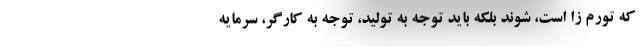
که تورم زا است، شوند بلکه باید توجه به تولید، توجه به کارگر، سرمایه